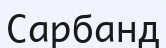
Сарбанд